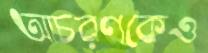
আচরণকেও